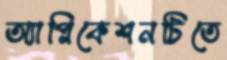
অ্যাপ্লিকেশনটিতে